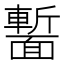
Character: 𩈻